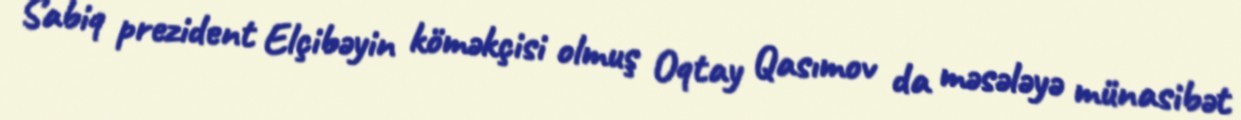
Sabiq prezident Elçibəyin köməkçisi olmuş Oqtay Qasımov da məsələyə münasibət